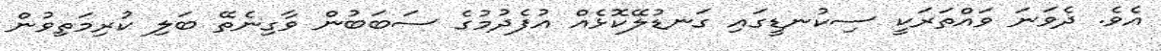
އެވެ. ދެވަނަ ވައްތަރަކީ ސިކުނޑީގައި ގަނޑުލޭކޮޅެއް އުފެދުމުގެ ސަބަބުން ވާގިނެތޭ ބަލި ކުރިމަތިވުން